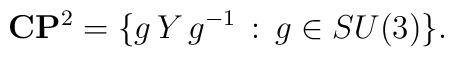
{\bf C}{\bf P}^2=\{g\,Y\,g^{-1}\,:\, g\in SU(3)\}.